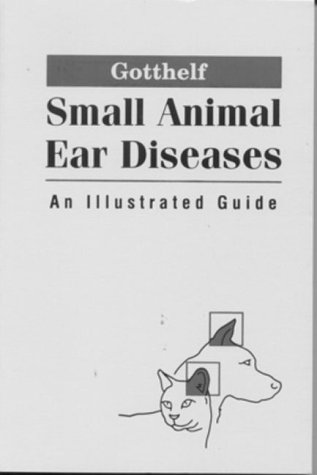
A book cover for Small Animal Ear Diseases: An Illustrated Guide; Louis N. Gotthelf DVM; Medical Books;